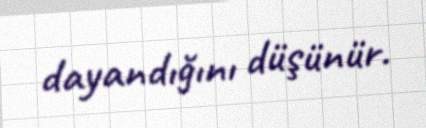
dayandığını düşünür.